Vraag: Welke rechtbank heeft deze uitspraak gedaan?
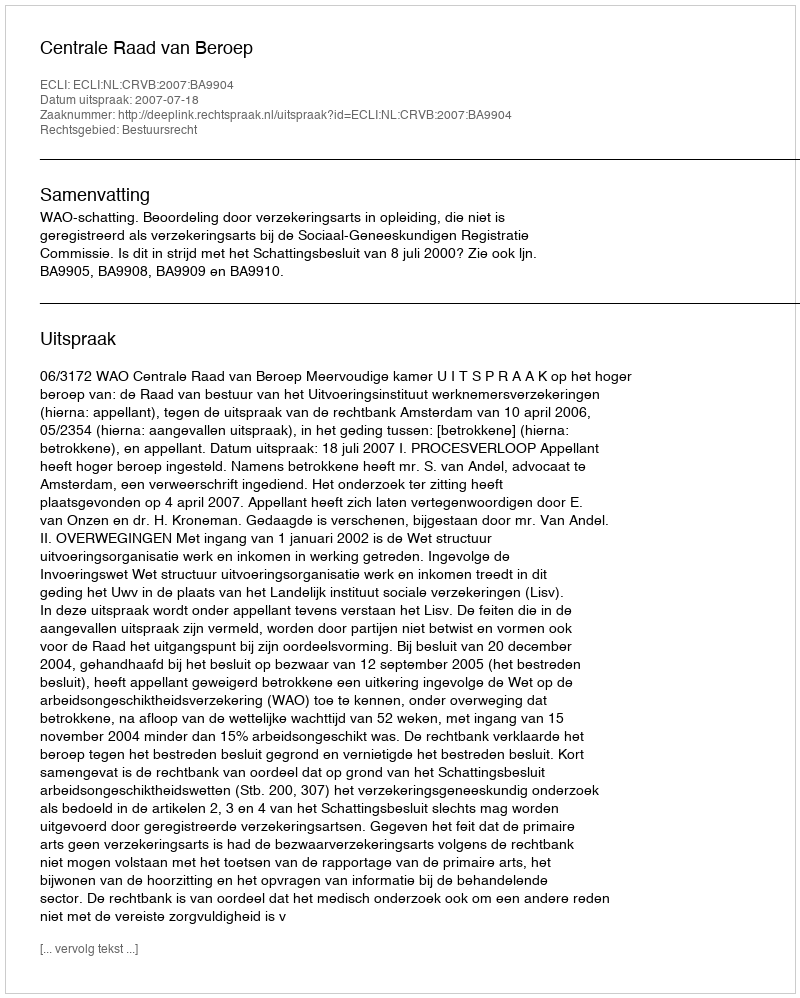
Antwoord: Centrale Raad van Beroep